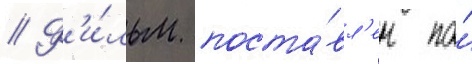
// Ф'и́льм поста́вл'ен по́